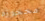
محجوزة